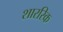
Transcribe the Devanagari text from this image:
शाररिक